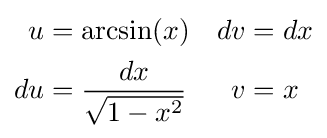
{\begin{aligned}u&=\arcsin(x)&dv&=dx\\du&={\frac {dx}{\sqrt {1-x^{2}}}}&v&=x\end{aligned}}